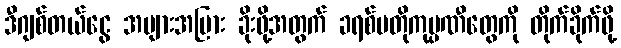
ဒီဂျစ်တယ်ငွေ အများအပြား ခိုးဖို့အတွက် ခရစ်ပတိုကုမ္ပဏီတွေကို တိုက်ခိုက်ဖို့